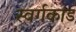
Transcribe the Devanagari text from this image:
स्वर्गकांड